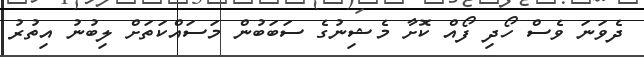
ދެވަނަ ވެސް ހޯދި ފޯއް ކޮށާ މެޝިނުގެ ސަބަބުން މަސައްކަތަށް ލިބުނު އިތުރު